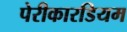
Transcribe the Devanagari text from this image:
पेरीकारडियम